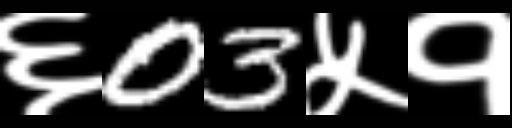
Text: ६03५१